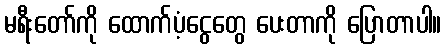
မရီးတော်ကို ထောက်ပံ့ငွေတွေ ပေးတာကို ပြောတာပါ။